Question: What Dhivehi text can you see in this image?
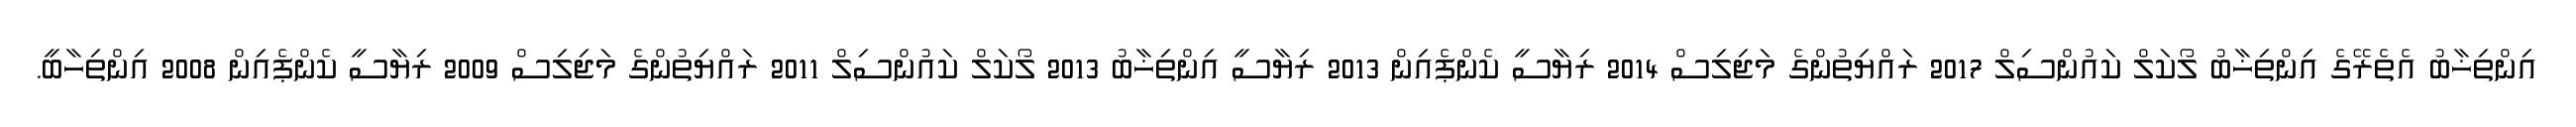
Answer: އިންތިޚާބު އެތެރޭގެ އިންތިޚާބު ލޯކަލް ކައުންސިލް 2017 ރައްޔިތުންގެ މަޖިލިސް 2014 ރިޔާސީ ކެންޕެއިން 2013 ރިޔާސީ އިންތިޚާބު 2013 ލޯކަލް ކައުންސިލް 2011 ރައްޔިތުންގެ މަޖިލިސް 2009 ރިޔާސީ ކެންޕެއިން 2008 އިންތިހާބީ.